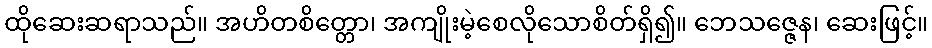
ထိုဆေးဆရာသည်။ အဟိတစိတ္တော၊ အကျိုးမဲ့စေလိုသောစိတ်ရှိ၍။ ဘေသဇ္ဇေန၊ ဆေးဖြင့်။